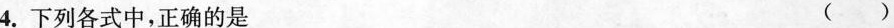
4.下列各式中，正确的是 ()